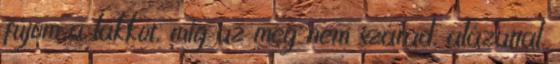
fújom a lakkot, míg az meg nem szárad, alázattal.